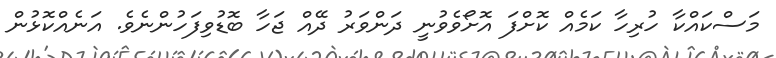
މަސްކައްކާ ހުރިހާ ކަމެއް ކޮށްފަ އޮށޯވެވުނީ ދަންވަރު ދޭއް ޖަހާ ބޮޑުވިފަހުންނެވެ. އަނެއްކޮޅުން